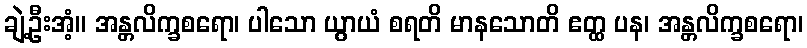
ချဲ့ဦးအံ့။ အန္တလိက္ခစရော၊ ပါသော ယွာယံ စရတိ မာနသောတိ ဧတ္ထ ပန၊ အန္တလိက္ခစရော၊